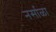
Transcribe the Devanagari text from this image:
नर्साळा